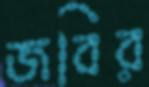
জবির